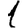
Digit: 1